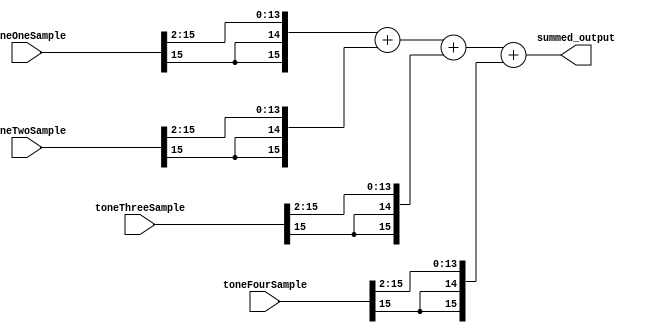
//////////////////////////////////////////////////////////////////////////////////
// Company: Furious 101
// Design Name: Summin' Wrong
// Module Name: sample_sum
// Project Name: Lord Shen
// Target Devices: Ur mom
// Description: Quid Pro Quo (Summin' for Summin')
// Dependencies: For tax purposes only.
// Revision: Uno
//////////////////////////////////////////////////////////////////////////////////


module sample_sum(
    input wire signed [15:0] toneOneSample, 
    input wire signed [15:0] toneTwoSample, 
    input wire signed [15:0] toneThreeSample, 
    input wire signed [15:0] toneFourSample, 
    output wire [15:0] summed_output
    );

wire [15:0] s1;
wire [15:0] s2;
wire [15:0] s3;
wire [15:0] s4;

assign s1 = toneOneSample>>>2; 
assign s2 = toneTwoSample>>>2; 
assign s3 = toneThreeSample>>>2;
assign s4 = toneFourSample>>>2; 

assign summed_output = s1 + s2 + s3 + s4;
    
endmodule